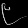
Digit: ၉